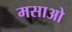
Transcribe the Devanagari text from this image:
मसाओ